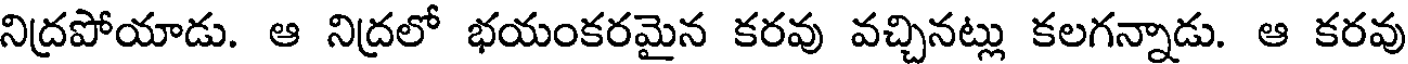
నిద్రపోయాడు. ఆ నిద్రలో భయంకరమైన కరవు వచ్చినట్లు కలగన్నాడు. ఆ కరవు